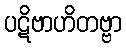
ပဋိဗာဟိတဗ္ဗာ